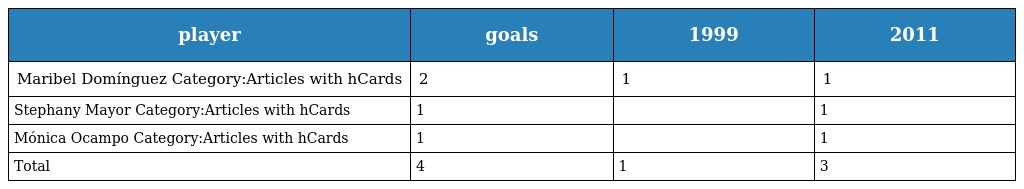
| player | goals | 1999 | 2011 |
 | --- | --- | --- | --- |
 | Maribel Domínguez Category:Articles with hCards | 2 | 1 | 1 |
 | Stephany Mayor Category:Articles with hCards | 1 |  | 1 |
 | Mónica Ocampo Category:Articles with hCards | 1 |  | 1 |
 | Total | 4 | 1 | 3 |